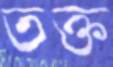
তক্ত